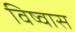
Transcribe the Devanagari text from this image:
विष्वास